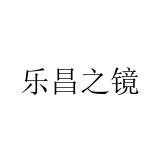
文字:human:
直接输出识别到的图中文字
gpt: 乐昌之镜